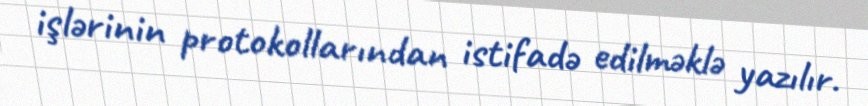
işlərinin protokollarından istifadə edilməklə yazılır.